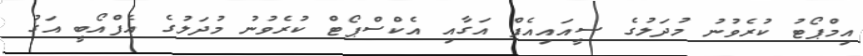
އިމްޕޯޓު ކުރެވުނު މުދަލުގެ ސީއައިއެފް އަގާއި އެކްސްޕޯޓް ކުރެވުނު މުދަލުގެ އެފްއޯބީ އަގު